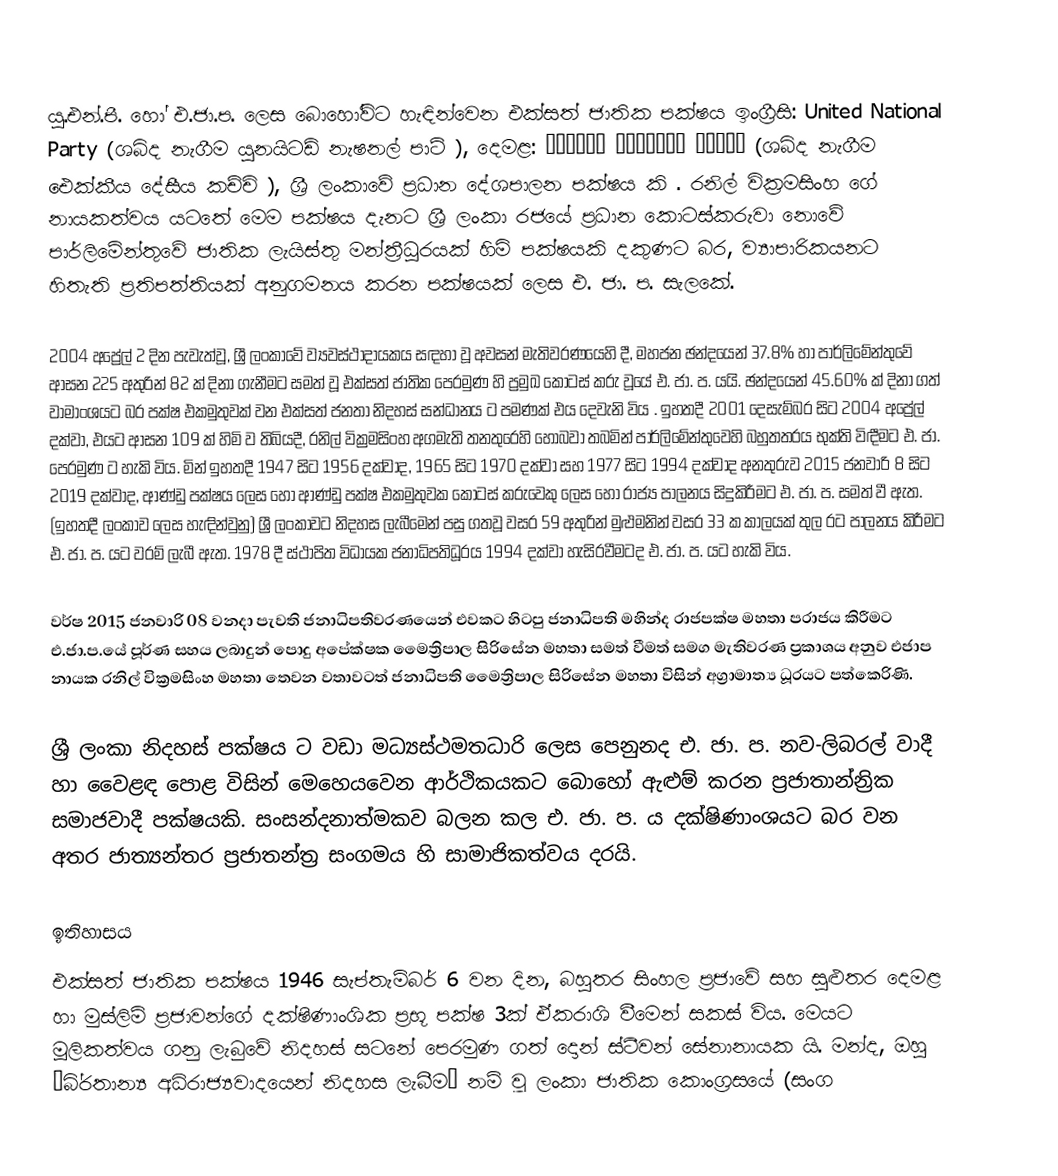
යු.එන්.පී. හෝ එ.ජා.ප. ලෙස බොහෝවිට හැඳින්වෙන එක්සත් ජාතික පක්ෂය ඉංග්‍රීසි: United National Party (ශබ්ද නැගීම යුනයිටඩ් නැෂනල් පාටි ), දෙමළ: ஐக்கிய தேசியக் கட்சி (ශබ්ද නැගීම ඓක්කීය දේසීය කච්චි ), ශ්‍රී ලංකාවේ ප්‍රධාන දේශපාලන පක්ෂය කි .  රනිල් වික්‍රමසිංහ ගේ නායකත්වය යටතේ මෙම පක්ෂය දැනට ශ්‍රී ලංකා රජයේ ප්‍රධාන කොටස්කරුවා නොවේ පාර්ලිමේන්තුවේ ජාතික ලැයිස්තු මන්ත්‍රීධූරයක් හිමි පක්ෂයකි දකුණට බර, ව්‍යාපාරිකයනට හිතැති ප්‍රතිපත්තියක් අනුගමනය කරන පක්ෂයක් ලෙස එ. ජා. ප. සැලකේ.

2004 අප්‍රේල් 2 දින පැවැත්වූ, ශ්‍රී ලංකාවේ ව්‍යවස්ථාදායකය සඳහා වූ අවසන් මැතිවරණ‍යෙහි දී,  මහජන ඡන්දයෙන්  37.8% හා පාර්ලිමේන්තුවේ ආසන 225 අතුරින් 82 ක් දිනා ගැනීමට සමත් වූ  එක්සත් ජාතික පෙරමුණ හි ප්‍රමුඛ කොටස් කරු වූයේ එ. ජා. ප. යයි.  ඡන්දයෙන් 45.60% ක් දිනා ගත් වාමාංශයට බර පක්ෂ එකමුතුවක් වන එක්සත් ජනතා නිදහස් සන්ධානය ට පමණක් එය දෙවැනි විය . ඉහතදී 2001 දෙසැම්බර සිට 2004 අප්‍රේල් දක්වා, එයට ආසන 109 ක් හිමි ව තිබියදී, රනිල් වික්‍රමසිංහ අගමැති තනතුරෙහි හොබවා තබමින් පාර්ලිමේන්තුවෙහි බහුතතරය භුක්ති විඳීමට එ. ජා. පෙරමුණ ට හැකි විය. මින් ඉහතදී 1947 සිට 1956 දක්වාද, 1965 සිට 1970 දක්වා සහ 1977 සිට 1994 දක්වාද අනතුරුව 2015 ජනවාරි 8 සිට 2019 දක්වාද, ආණ්ඩු පක්ෂය ලෙස හෝ ආණ්ඩු පක්ෂ එකමුතුවක කොටස් කරුවෙකු ලෙස හෝ රාජ්‍ය පාලනය සිදුකිරීමට එ. ජා. ප. සමත් වී ඇත. (ඉහතදී ලංකාව ලෙස හැඳින්වුනු) ශ්‍රී ලංකාවට නිදහස ලැබීමෙන් පසු ගතවූ වසර 59 අතුරින් මුළුමනින් වසර 33 ක කාලයක් තුල රට පාලනය කිරීමට එ. ජා. ප. යට වරම් ලැබී ඇත. 1978 දී ස්ථාපිත විධායක  ජනාධිපතිධූරය 1994 දක්වා හැසිරවීමටද  එ. ජා. ප. යට හැකි විය.

වර්ෂ 2015 ජනවාරි 08 වනදා පැවති ජනාධිපතිවරණයෙන් එවකට හිටපු ජනාධිපති මහින්ද රාජපක්ෂ මහතා පරාජය කිරීමට එ.ජා.ප.යේ පූර්ණ සහය ලබාදුන් පොදු අපේක්ෂක මෛත්‍රිපාල සිරිසේන මහතා සමත් වීමත් සමග මැතිවරණ ප්‍රකාශය අනුව එජාප නායක රනිල් වික්‍රමසිංහ මහතා තෙවන වතාවටත් ජනාධිපති මෛත්‍රිපාල සිරිසේන මහතා විසින් අග්‍රාමාත්‍ය ධූරයට පත්කෙරිණි.

ශ්‍රී ලංකා නිදහස් පක්ෂය ට වඩා මධ්‍යස්ථමතධාරි ලෙස පෙනුනද   එ. ජා. ප. නව-ලිබරල් වාදී හා වෙ‍ෙළඳ පොළ විසින් මෙහෙයවෙන ආර්ථිකයකට බොහෝ ඇළුම් කරන ප්‍රජාතාන්න්‍රික සමාජවාදී  පක්ෂයකි. සංසන්දනාත්මකව බලන කල   එ. ජා. ප. ය දක්ෂිණාංශයට බර වන අතර ජාත්‍යන්තර ප්‍රජාතන්ත්‍ර  සංගමය හි සාමාජිකත්වය දරයි.

ඉතිහාසය
එක්සත් ජාතික පක්ෂය 1946 සැප්තැම්බර් 6 වන දින, බහුතර සිංහල ප‍්‍රජාවේ සහ සුළුතර දෙමළ හා මුස්ලිම් ප‍්‍රජාවන්ගේ දක්ෂිණාංශික ප‍්‍රභූ පක්ෂ 3ක් ඒකරාශි වීමෙන් සකස් විය. මෙයට මූලිකත්වය ගනු ලැබුවේ නිදහස් සටනේ පෙරමුණ ගත් දොන් ස්ටීවන් සේනානායක යි. මන්ද, ඔහු ‘බි‍්‍රතාන්‍ය අධිරාජ්‍යවාදයෙන් නිදහස ලැබීම’ නම් වූ ලංකා ජාතික කොංග‍්‍රසයේ (සංග